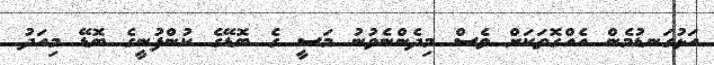
އަޅުގަނޑުމެން އެއްގޮތަކަށް ވެސް މިދެންނެވުނު މަސީ ގެ ބޮޑޭގެ ކުންފުނީގެ ބޮޑޭ މިއަދު